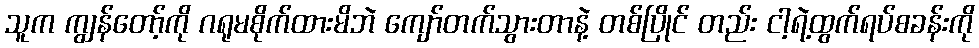
သူက ကျွန်တော့်ကို ဂရုမစိုက်ထားမိဘဲ ကျော်တက်သွားတာနဲ့ တစ်ပြိုင် တည်း ငါ့ရဲ့ထွက်ရပ်စခန်းကို